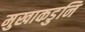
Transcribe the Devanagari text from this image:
मुखाकडुनि